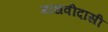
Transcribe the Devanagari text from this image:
माधवीदासी